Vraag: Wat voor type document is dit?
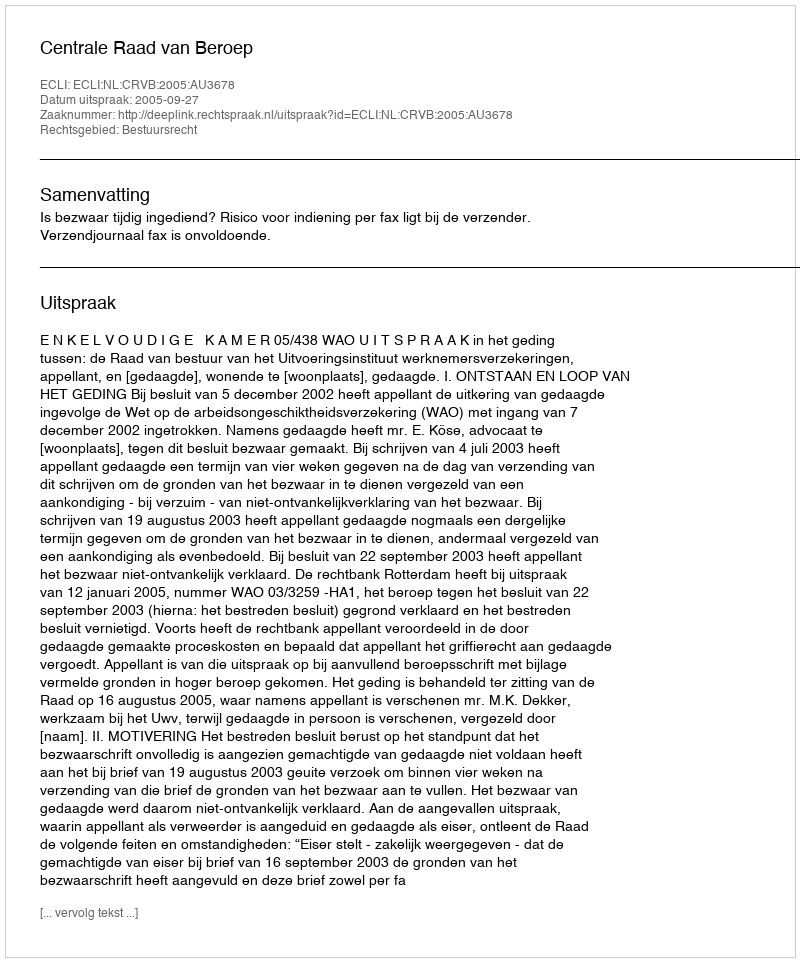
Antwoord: Uitspraak